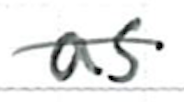
Text: as
Cross-out: single-line
Writing tool: ballpoint